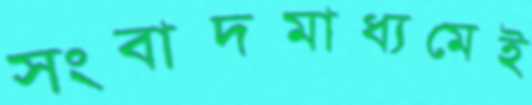
সংবাদমাধ্যমেই